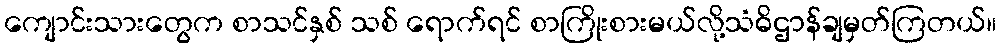
ကျောင်းသားတွေက စာသင်နှစ် သစ် ရောက်ရင် စာကြိုးစားမယ်လို့သံဓိဌာန်ချမှတ်ကြတယ်။